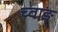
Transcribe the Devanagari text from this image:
च्वाङ्‌